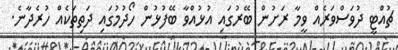
ޗުއްޓީ ދުވަސްވަރެއް ވީމާ ރަށުން ބޭރުގައި އުޅުއްވާ ބޭފުޅުން ހޯދުމުގައި ދަތިތަކެއް ހުރެދާނެ.